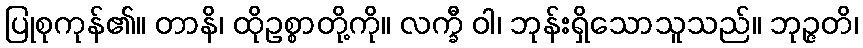
ပြုစုကုန်၏။ တာနိ၊ ထိုဥစ္စာတို့ကို။ လက္ခီ ဝါ၊ ဘုန်းရှိသောသူသည်။ ဘုဉ္ဇတိ၊